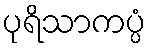
ပုရိသာကပ္ပံ